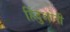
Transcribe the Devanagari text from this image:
हिंदुओनी